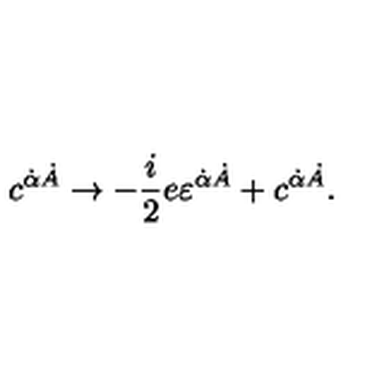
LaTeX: c ^ { \dot { \alpha } \dot { A } } \rightarrow - { \frac { i } { 2 } } e \varepsilon ^ { \dot { \alpha } \dot { A } } + c ^ { \dot { \alpha } \dot { A } } .